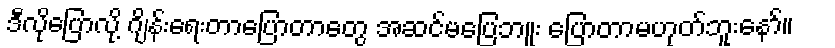
ဒီလိုပြောလို့ ဂျိန်းရေးတာပြောတာတွေ အဆင်မပြေဘူး ပြောတာမဟုတ်ဘူးနော်။